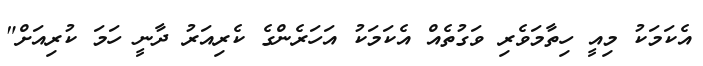
އެކަމަކު މިއީ ހިތާމަވެރި ވަގުތެއް އެކަމަކު އަހަރެންގެ ކެރިއަރު ދާނީ ހަމަ ކުރިއަށް"